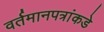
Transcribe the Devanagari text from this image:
वर्तमानपत्रांकडे